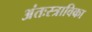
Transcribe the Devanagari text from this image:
अंतःस्त्राविका